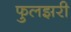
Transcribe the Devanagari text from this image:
फुलझरी